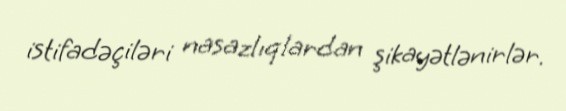
istifadəçiləri nasazlıqlardan şikayətlənirlər.